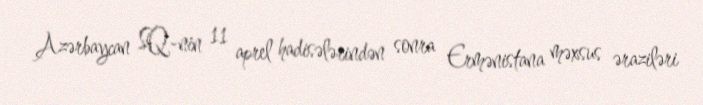
Azərbaycan SQ-nin 11 aprel hadisələrindən sonra Ermənistana məxsus əraziləri